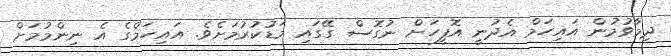
ދިމާވުމުން އައިހަމް އެދުނީ އޮފީހަށް ނުގޮސް ގޭގައި މަޑުކުރުމަށެވެ. އައިހަމްގެ އެ ނިންމުމަށް